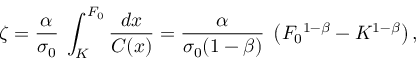
\zeta = { \frac { \alpha } { \sigma _ { 0 } } } \; \int _ { K } ^ { F _ { 0 } } { \frac { d x } { C ( x ) } } = { \frac { \alpha } { \sigma _ { 0 } ( 1 - \beta ) } } \; \left( F _ { 0 } { } ^ { 1 - \beta } - K ^ { 1 - \beta } \right) ,